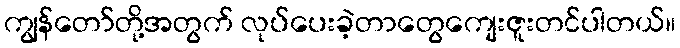
ကျွန်တော်တို့အတွက် လုပ်ပေးခဲ့တာတွေကျေးဇူးတင်ပါတယ်။